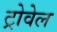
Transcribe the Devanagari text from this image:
ट्रोवेल